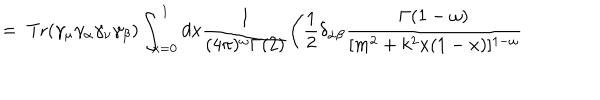
= \; \mathrm { T r } ( \gamma _ { \mu } \gamma _ { \alpha } \gamma _ { \nu } \gamma _ { \beta } ) \int _ { x = 0 } ^ { 1 } d x \frac { 1 } { ( 4 \pi ) ^ { \omega } \Gamma ( 2 ) } \Bigg ( \frac { 1 } { 2 } \delta _ { \alpha \beta } \frac { \Gamma ( 1 - \omega ) } { [ m ^ { 2 } + k ^ { 2 } x ( 1 - x ) ] ^ { 1 - \omega } }